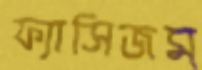
ফ্যাসিজম্